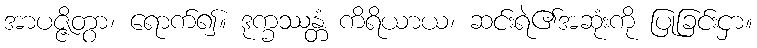
အာပဇ္ဇိတွာ၊ ရောက်၍။ ဒုက္ခဿန္တံ ကိရိယာယ၊ ဆင်းရဲ၏အဆုံးကို ပြုခြင်းငှာ။